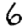
Digit: 6